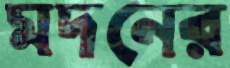
মদনের